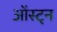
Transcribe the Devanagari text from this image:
ऑस्ट्न